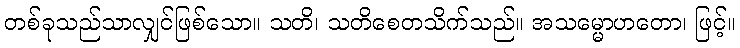
တစ်ခုသည်သာလျှင်ဖြစ်သော။ သတိ၊ သတိစေတသိက်သည်။ အသမ္မောဟတော၊ ဖြင့်။